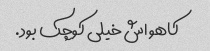
کاهو اش خیلی کوچک بود.